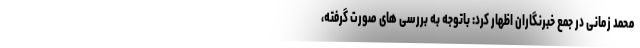
محمد زمانی در جمع خبرنگاران اظهار کرد: باتوجه به بررسی های صورت گرفته،